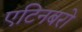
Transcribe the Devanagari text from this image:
एटिनबरो